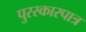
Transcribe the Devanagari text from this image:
पुरस्कारपात्र